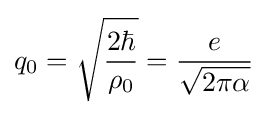
q_{0}={\sqrt {\frac {2\hbar }{\rho _{0}}}}={\frac {e}{\sqrt {2\pi \alpha }}}\